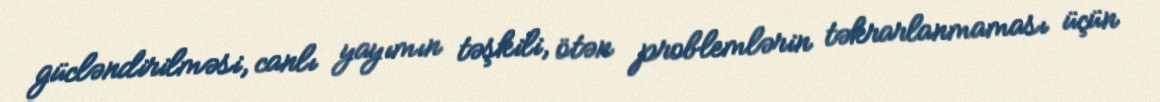
gücləndirilməsi, canlı yayımın təşkili, ötən problemlərin təkrarlanmaması üçün